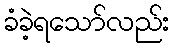
ခံခဲ့ရသော်လည်း